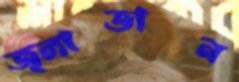
জ্লাতান